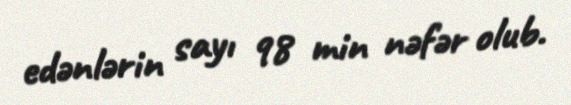
edənlərin sayı 98 min nəfər olub.